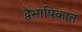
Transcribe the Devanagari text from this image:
द्वैभाषिकात